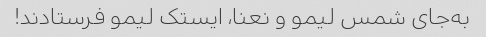
به‌جای شمس لیمو و نعنا، ایستک لیمو فرستادند!